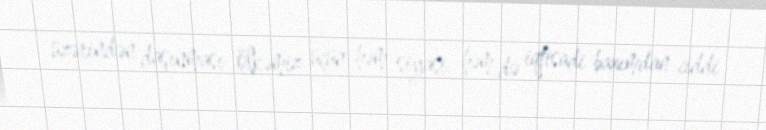
üzərindən daşınması ölkəmiz üçün həm siyasi, həm də iqtisadi baxımdan ciddi